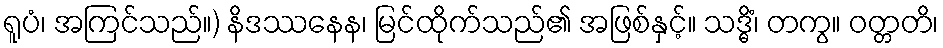
ရူပံ၊ အကြင်သည်။) နိဒဿနေန၊ မြင်ထိုက်သည်၏ အဖြစ်နှင့်။ သဒ္ဓိံ၊ တကွ။ ဝတ္တတိ၊